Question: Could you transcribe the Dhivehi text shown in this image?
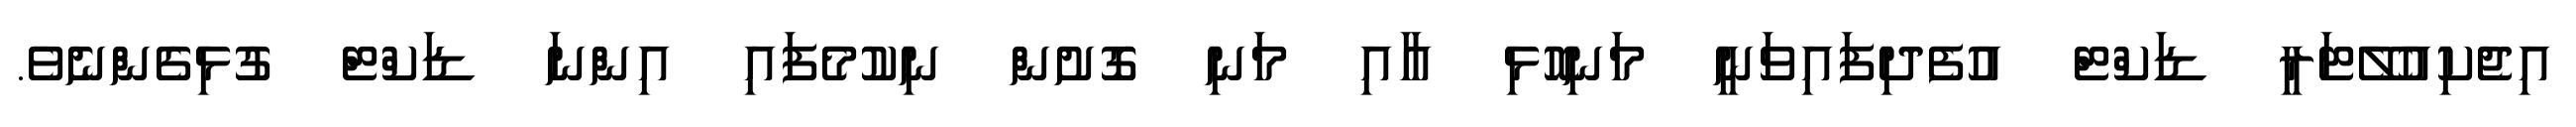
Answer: އިޖެކިއުލޭޓަރީ ޑަކްޓް އުފެދިފައިވަނީ މަނިހޮޅި އާއި މަނި ގޮށުން ނިކުމެފައި އިންނަ ޑަކްޓް ގުޅިގެންނެވެ.